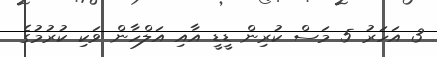
3 އަހަރު 5 މަސް ކުރިން ޑީޑީ އާއި އަލްހާން ވަކި ކުރުމުގެ